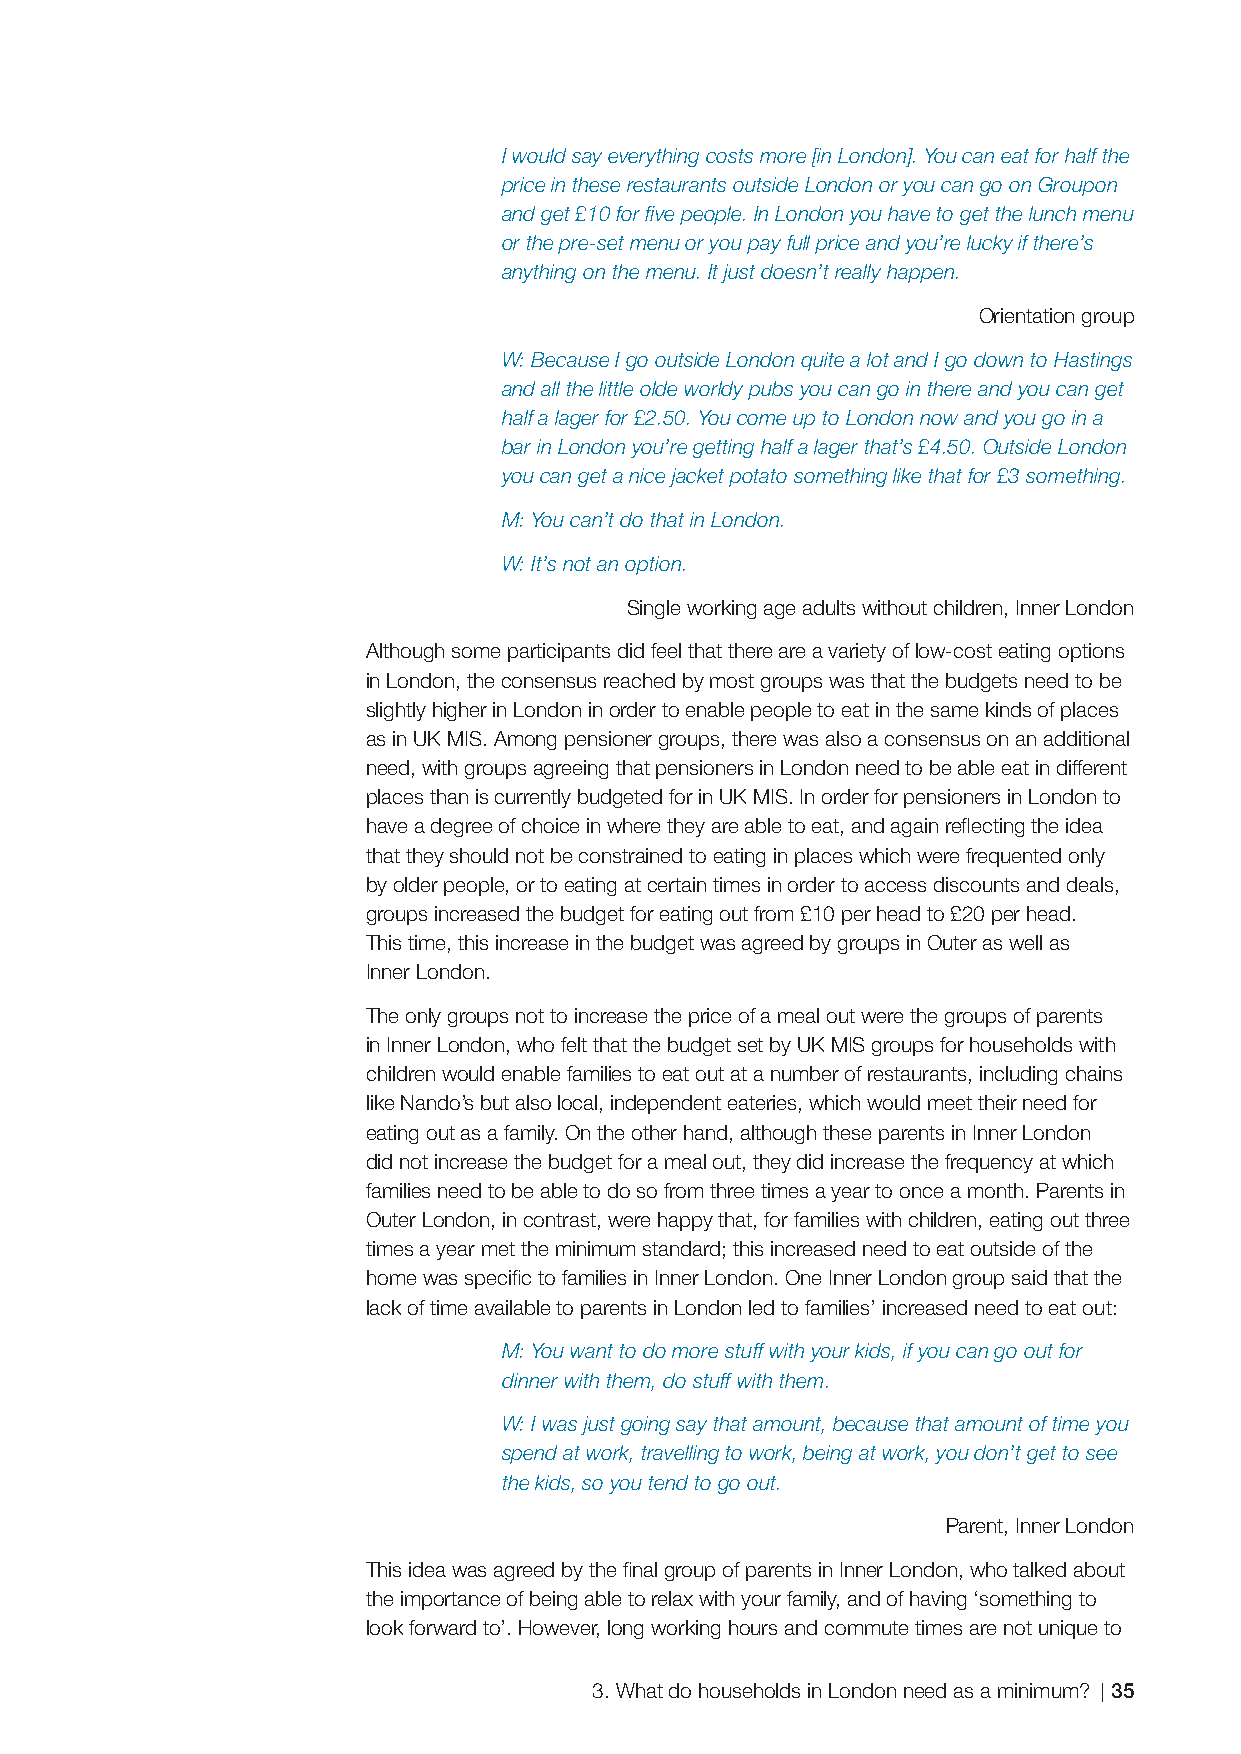
I would say everything costs more [in London]. You can eat for half the
 price in these restaurants outside London or you can go on Groupon
 and get £10 for fi ve people. In London you have to get the lunch menu
 or the pre-set menu or you pay full price and you’re lucky if there’s
 anything on the menu. It just doesn’t really happen.
 Orientation group
 W: Because I go outside London quite a lot and I go down to Hastings
 and all the little olde worldy pubs you can go in there and you can get
 half a lager for £2.50. You come up to London now and you go in a
 bar in London you’re getting half a lager that’s £4.50. Outside London
 you can get a nice jacket potato something like that for £3 something.
 M: You can’t do that in London.
 W: It’s not an option.
 Single working age adults without children, Inner London
 Although some participants did feel that there are a variety of low-cost eating options
 in London, the consensus reached by most groups was that the budgets need to be
 slightly higher in London in order to enable people to eat in the same kinds of places
 as in UK MIS. Among pensioner groups, there was also a consensus on an additional
 need, with groups agreeing that pensioners in London need to be able eat in different
 places than is currently budgeted for in UK MIS. In order for pensioners in London to
 have a degree of choice in where they are able to eat, and again refl ecting the idea
 that they should not be constrained to eating in places which were frequented only
 by older people, or to eating at certain times in order to access discounts and deals,
 groups increased the budget for eating out from £10 per head to £20 per head.
 This time, this increase in the budget was agreed by groups in Outer as well as
 Inner London.
 The only groups not to increase the price of a meal out were the groups of parents
 in Inner London, who felt that the budget set by UK MIS groups for households with
 children would enable families to eat out at a number of restaurants, including chains
 like Nando’s but also local, independent eateries, which would meet their need for
 eating out as a family. On the other hand, although these parents in Inner London
 did not increase the budget for a meal out, they did increase the frequency at which
 families need to be able to do so from three times a year to once a month. Parents in
 Outer London, in contrast, were happy that, for families with children, eating out three
 times a year met the minimum standard; this increased need to eat outside of the
 home was specifi c to families in Inner London. One Inner London group said that the
 lack of time available to parents in London led to families’ increased need to eat out:
 M: You want to do more stuff with your kids, if you can go out for
 dinner with them, do stuff with them.
 W: I was just going say that amount, because that amount of time you
 spend at work, travelling to work, being at work, you don’t get to see
 the kids, so you tend to go out.
 Parent, Inner London
 This idea was agreed by the fi nal group of parents in Inner London, who talked about
 the importance of being able to relax with your family, and of having ‘something to
 look forward to’. However, long working hours and commute times are not unique to
 3. What do households in London need as a minimum? 35